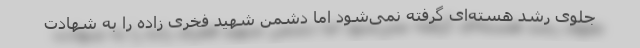
جلوی رشد هسته‌ای گرفته نمی‌شود اما دشمن شهید فخری زاده را به شهادت